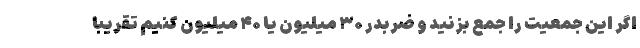
اگر این جمعیت را جمع بزنید و ضربدر ۳۰ میلیون یا ۴۰ میلیون کنیم تقریبا